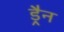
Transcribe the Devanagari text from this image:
ड्रैन